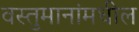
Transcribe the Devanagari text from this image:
वस्तुमानांमधील